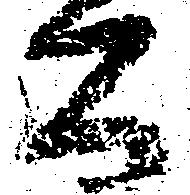
公